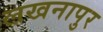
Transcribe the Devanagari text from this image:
लखनापुर